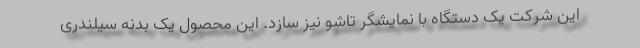
این شرکت یک دستگاه با نمایشگر تاشو نیز سازد. این محصول یک بدنه سیلندری